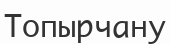
Топырчану